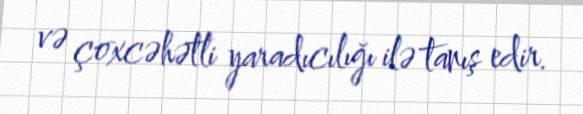
və çoxcəhətli yaradıcılığı ilə tanış edir.